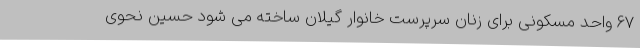
67 واحد مسکونی برای زنان سرپرست خانوار گیلان ساخته می شود حسین نحوی